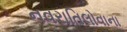
નવરાતિલોવાના